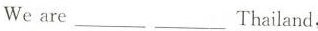
We arc___Thailand.